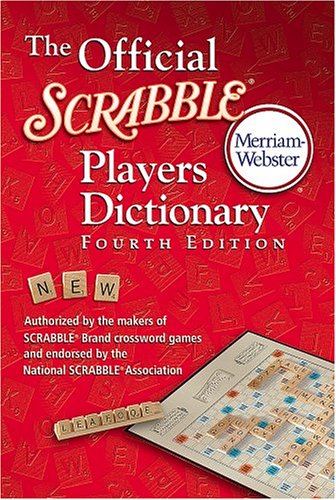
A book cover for The Official Scrabble Players Dictionary; Humor & Entertainment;